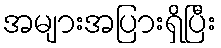
အများအပြားရှိပြီး